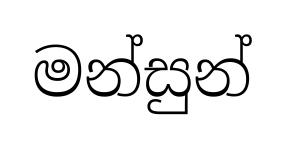
මන්සුන්